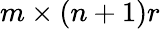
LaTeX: m\times(n+1)r